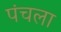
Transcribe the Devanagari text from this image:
पंचला